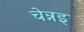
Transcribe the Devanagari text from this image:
चेन्नइ